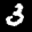
Label: 3